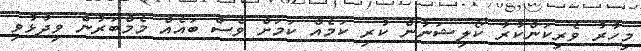
މިހާރު ވެރިކަންކުރާ ކޯލިޝަނުން ކުރި ކަމެއް ކަމަށް ވެސް ބައެއް މެމްބަރުން ވިދާޅުވި